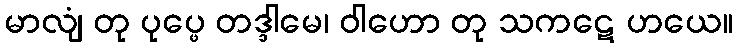
မာလျံ တု ပုပ္ဖေ တဒ္ဒါမေ၊ ဝါဟော တု သကဋေ ဟယေ။